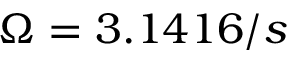
\Omega = 3 . 1 4 1 6 / s